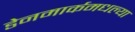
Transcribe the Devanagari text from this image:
डेनमार्कमधल्या